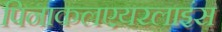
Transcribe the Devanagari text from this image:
पिनाकलएयरलाइंस